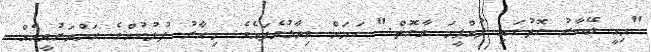
"މިއީ ބޭކާރު ގޮތުގައި ފުއްޕީމަ ވާގޮތް." ކަމަށް ވިދާޅުވެފައެވެ. މިހާރު ފުލުހުންގެ ހަމްދަރުދީއެއް